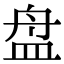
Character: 盘